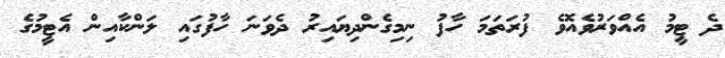
ދެ ޓީމު އެއްވަރުވެއޮވެ ފުރަތަމަ ހާފު ނިމިގެންދިޔައިރު ދެވަނަ ހާފުގައި ލަންކާއިން އެޓީމުގެ